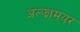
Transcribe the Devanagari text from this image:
अल्झामयर